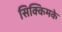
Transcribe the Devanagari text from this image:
सिक्किमके